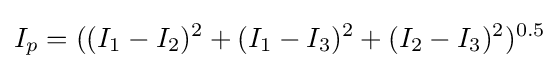
I_{p}=((I_{1}-I_{2})^{2}+(I_{1}-I_{3})^{2}+(I_{2}-I_{3})^{2})^{0.5}